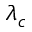
\lambda _ { c }